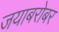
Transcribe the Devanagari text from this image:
जयाबरोबर